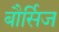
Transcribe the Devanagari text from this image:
बौर्सिज